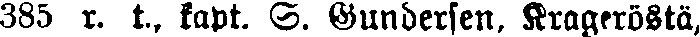
385 r. t., kapt. S. Gundersen, Krageröstä,